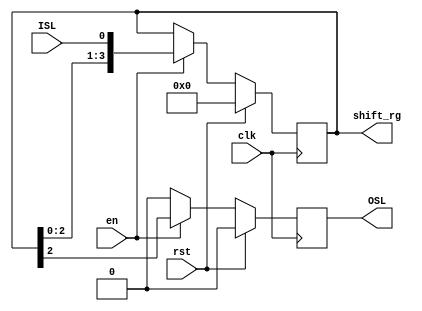
module Shift_reg_left_4bit(
input clk,
input en,
input ISL,
input rst,
output reg OSL,
output reg [3:0] shift_rg);

	initial shift_rg = 4'b0;
	always @(posedge clk) begin
		if (rst) begin
			shift_rg = 4'b0;
			OSL = 1'b0;
		end else begin
			if (en) begin
				shift_rg = {shift_rg[2:0], ISL};
				OSL = shift_rg[3];
			end else begin
				OSL = 1'b0;
				shift_rg = shift_rg;
			end
		end
	end
endmodule